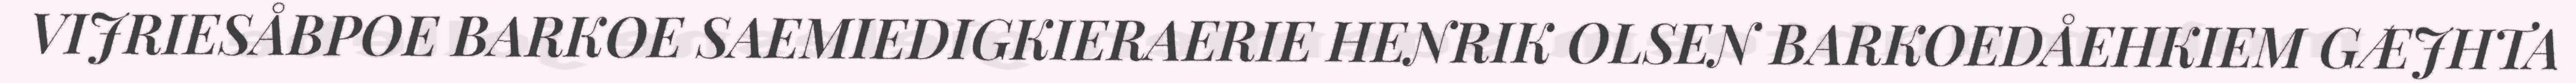
VIJRIESÅBPOE BARKOE SAEMIEDIGKIERAERIE HENRIK OLSEN BARKOEDÅEHKIEM GÆJHTA